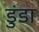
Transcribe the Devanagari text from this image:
डुंडा